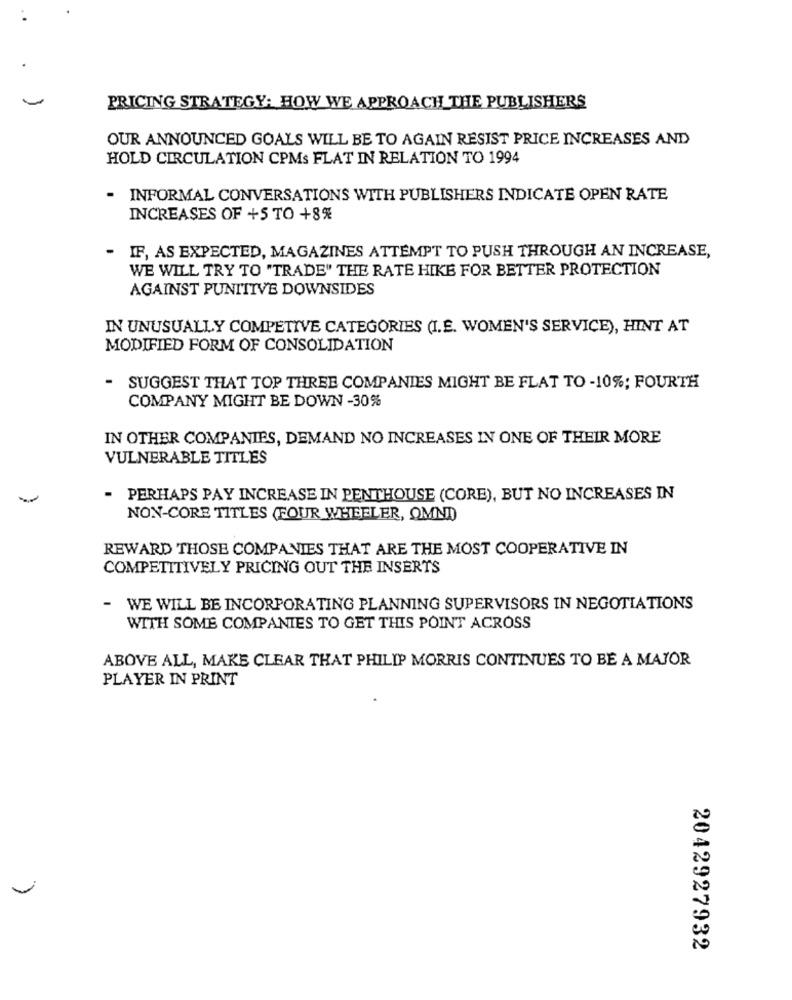
PRICING STRATEGY: HOW WE APPROACH THE PUBLISHERS
OUR ANNOUNCED GOALS WILL BE TO AGAIN RESIST PRICE INCREASES AND
HOLD CIRCULATION CPMs FLAT IN RELATION TO 1994
- INFORMAL CONVERSATIONS WITH PUBLISHERS INDICATE OPEN RATE
INCREASES OF +5 TO +8%
- IF, AS EXPECTED, MAGAZINES ATTEMPT TO PUSH THROUGH AN INCREASE,
WE WILL TRY TO "TRADE" THE RATE HIKE FOR BETTER PROTECTION
AGAINST PUNTTIVE DOWNSIDES
IN UNUSUALLY COMPETIVE CATEGORIES (I.E. WOMEN'S SERVICE), HINT AT
MODIFIED FORM OF CONSOLIDATION
- SUGGEST THAT TOP THREE COMPANIES MIGHT BE FLAT TO -10%; FOURTH
COMPANY MIGHT BE DOWN -30%
IN OTHER COMPANIES, DEMAND NO INCREASES IN ONE OF THEIR MORE
VULNERABLE TITLES
- PERHAPS PAY INCREASE IN PENTHOUSE (CORE), BUT NO INCREASES IN
NON-CORE TITLES (FOUR WHEELER, OMNI)
REWARD THOSE COMPANIES THAT ARE THE MOST COOPERATIVE IN
COMPETITIVELY PRICING OUT THE INSERTS
- WE WILL BE INCORPORATING PLANNING SUPERVISORS IN NEGOTIATIONS
WITH SOME COMPANIES TO GET THIS POINT ACROSS
ABOVE ALL, MAKE CLEAR THAT PHILIP MORRIS CONTINUES TO BE A MAJOR
PLAYER IN PRINT
2042927932